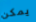
يمكن